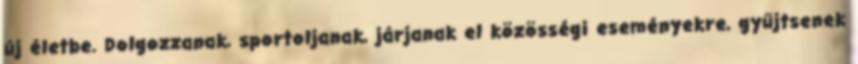
új életbe. Dolgozzanak, sportoljanak, járjanak el közösségi eseményekre, gyűjtsenek